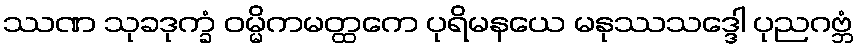
ဿဏ သုခဒုက္ခံ ဝမ္မိကမတ္ထကေ ပုရိမနယေ မနုဿသဒ္ဒေါ ပုညဂဗ္ဘံ